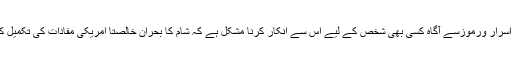
عالمی سیاست کے اسرار ورموزسے آگاہ کسی بھی شخص کے لیے اس سے انکار کرنا مشکل ہے کہ شام کا بحران خالصتا امریکی مفادات کی تکمیل کے لیے پیدا کیا گیا۔